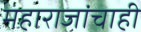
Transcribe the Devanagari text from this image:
महाराजांचाही